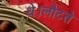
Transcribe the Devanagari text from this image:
थे।लौटते